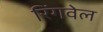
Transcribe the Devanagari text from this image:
रिंगवेल